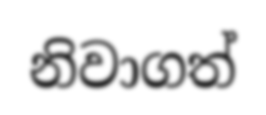
නිවාගත්